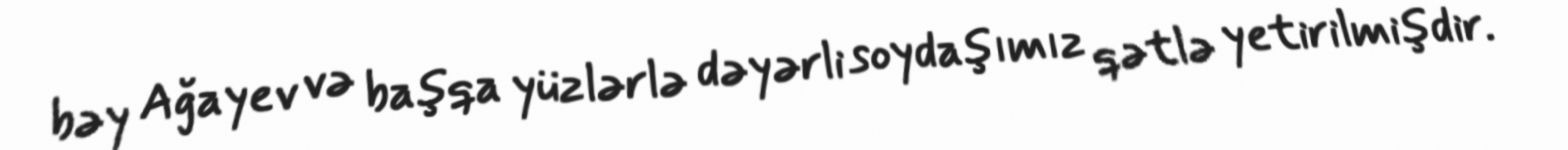
bəy Ağayev və başqa yüzlərlə dəyərli soydaşımız qətlə yetirilmişdir.